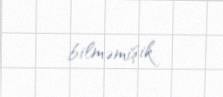
bilməmişik.